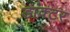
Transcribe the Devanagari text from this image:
डांक्टर